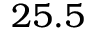
2 5 . 5